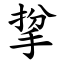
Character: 㧳